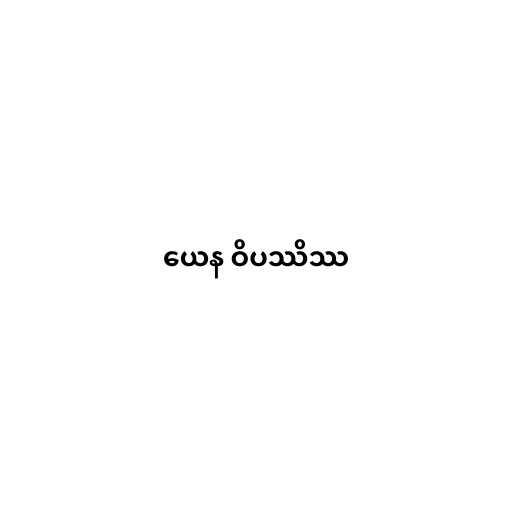
ယေန ဝိပဿိဿ